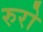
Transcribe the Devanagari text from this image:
रुरो